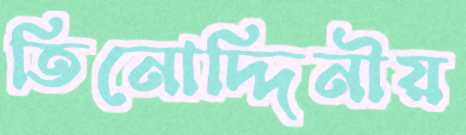
তিনোদ্দিনীয়